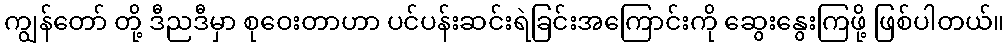
ကျွန်တော် တို့ ဒီညဒီမှာ စုဝေးတာဟာ ပင်ပန်းဆင်းရဲခြင်းအကြောင်းကို ဆွေးနွေးကြဖို့ ဖြစ်ပါတယ်။